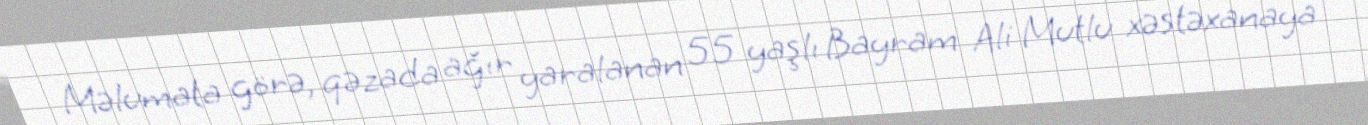
Məlumata görə, qəzada ağır yaralanan 55 yaşlı Bayram Ali Mutlu xəstəxanaya